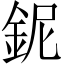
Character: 鈮